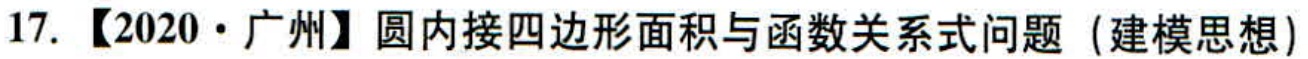
17. 【2020·广州】圆内接四边形面积与函数关系式问题（建模思想）